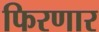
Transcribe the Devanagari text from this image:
फिरणार